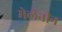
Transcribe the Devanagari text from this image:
मेलॅनीन